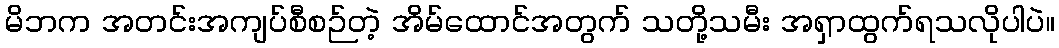
မိဘက အတင်းအကျပ်စီစဉ်တဲ့ အိမ်ထောင်အတွက် သတို့သမီး အရှာထွက်ရသလိုပါပဲ။